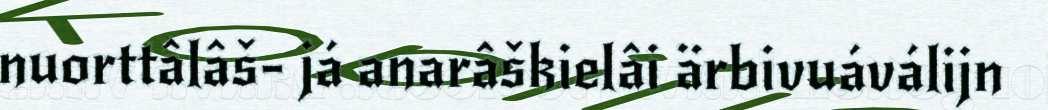
nuorttâlâš- já anarâškielâi ärbivuáválijn